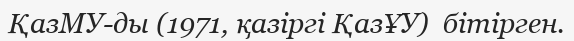
ҚазМУ-ды (1971, қазіргі ҚазҰУ)  бітірген.